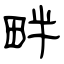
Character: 畔